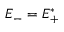
E _ { - } = E _ { + } ^ { * }